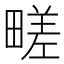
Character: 㽨